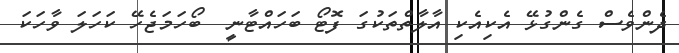
ދެންވެސް ގެންގުޅޭ އެކިއެކި އާލާތްތަކުގަ ފޮޓޯ ބަހައްޓާނީ  ބޯހަމަޖެހޭ ކަހަލަ ވާހަކަ